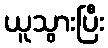
ယူသွားပြီး